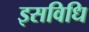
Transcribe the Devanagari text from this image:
इसविधि